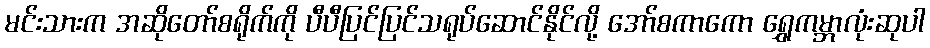
မင်းသားက အဆိုတော်စရိုက်ကို ပီပီပြင်ပြင်သရုပ်ဆောင်နိုင်လို့ အော်စကာကော ရွှေကမ္ဘာလုံးဆုပါ